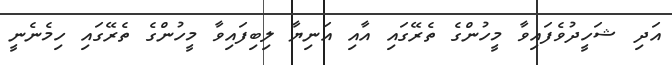
އަދި ޝަހީދުވެފައިވާ މީހުންގެ ތެރޭގައި އާއި އަނިޔާ ލިބިފައިވާ މީހުންގެ ތެރޭގައި ހިމެނެނީ